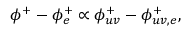
\phi ^ { + } - \phi _ { e } ^ { + } \propto \phi _ { u v } ^ { + } - \phi _ { u v , e } ^ { + } ,